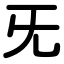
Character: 旡